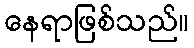
နေရာဖြစ်သည်။